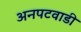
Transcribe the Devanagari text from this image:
अनपटवाडी